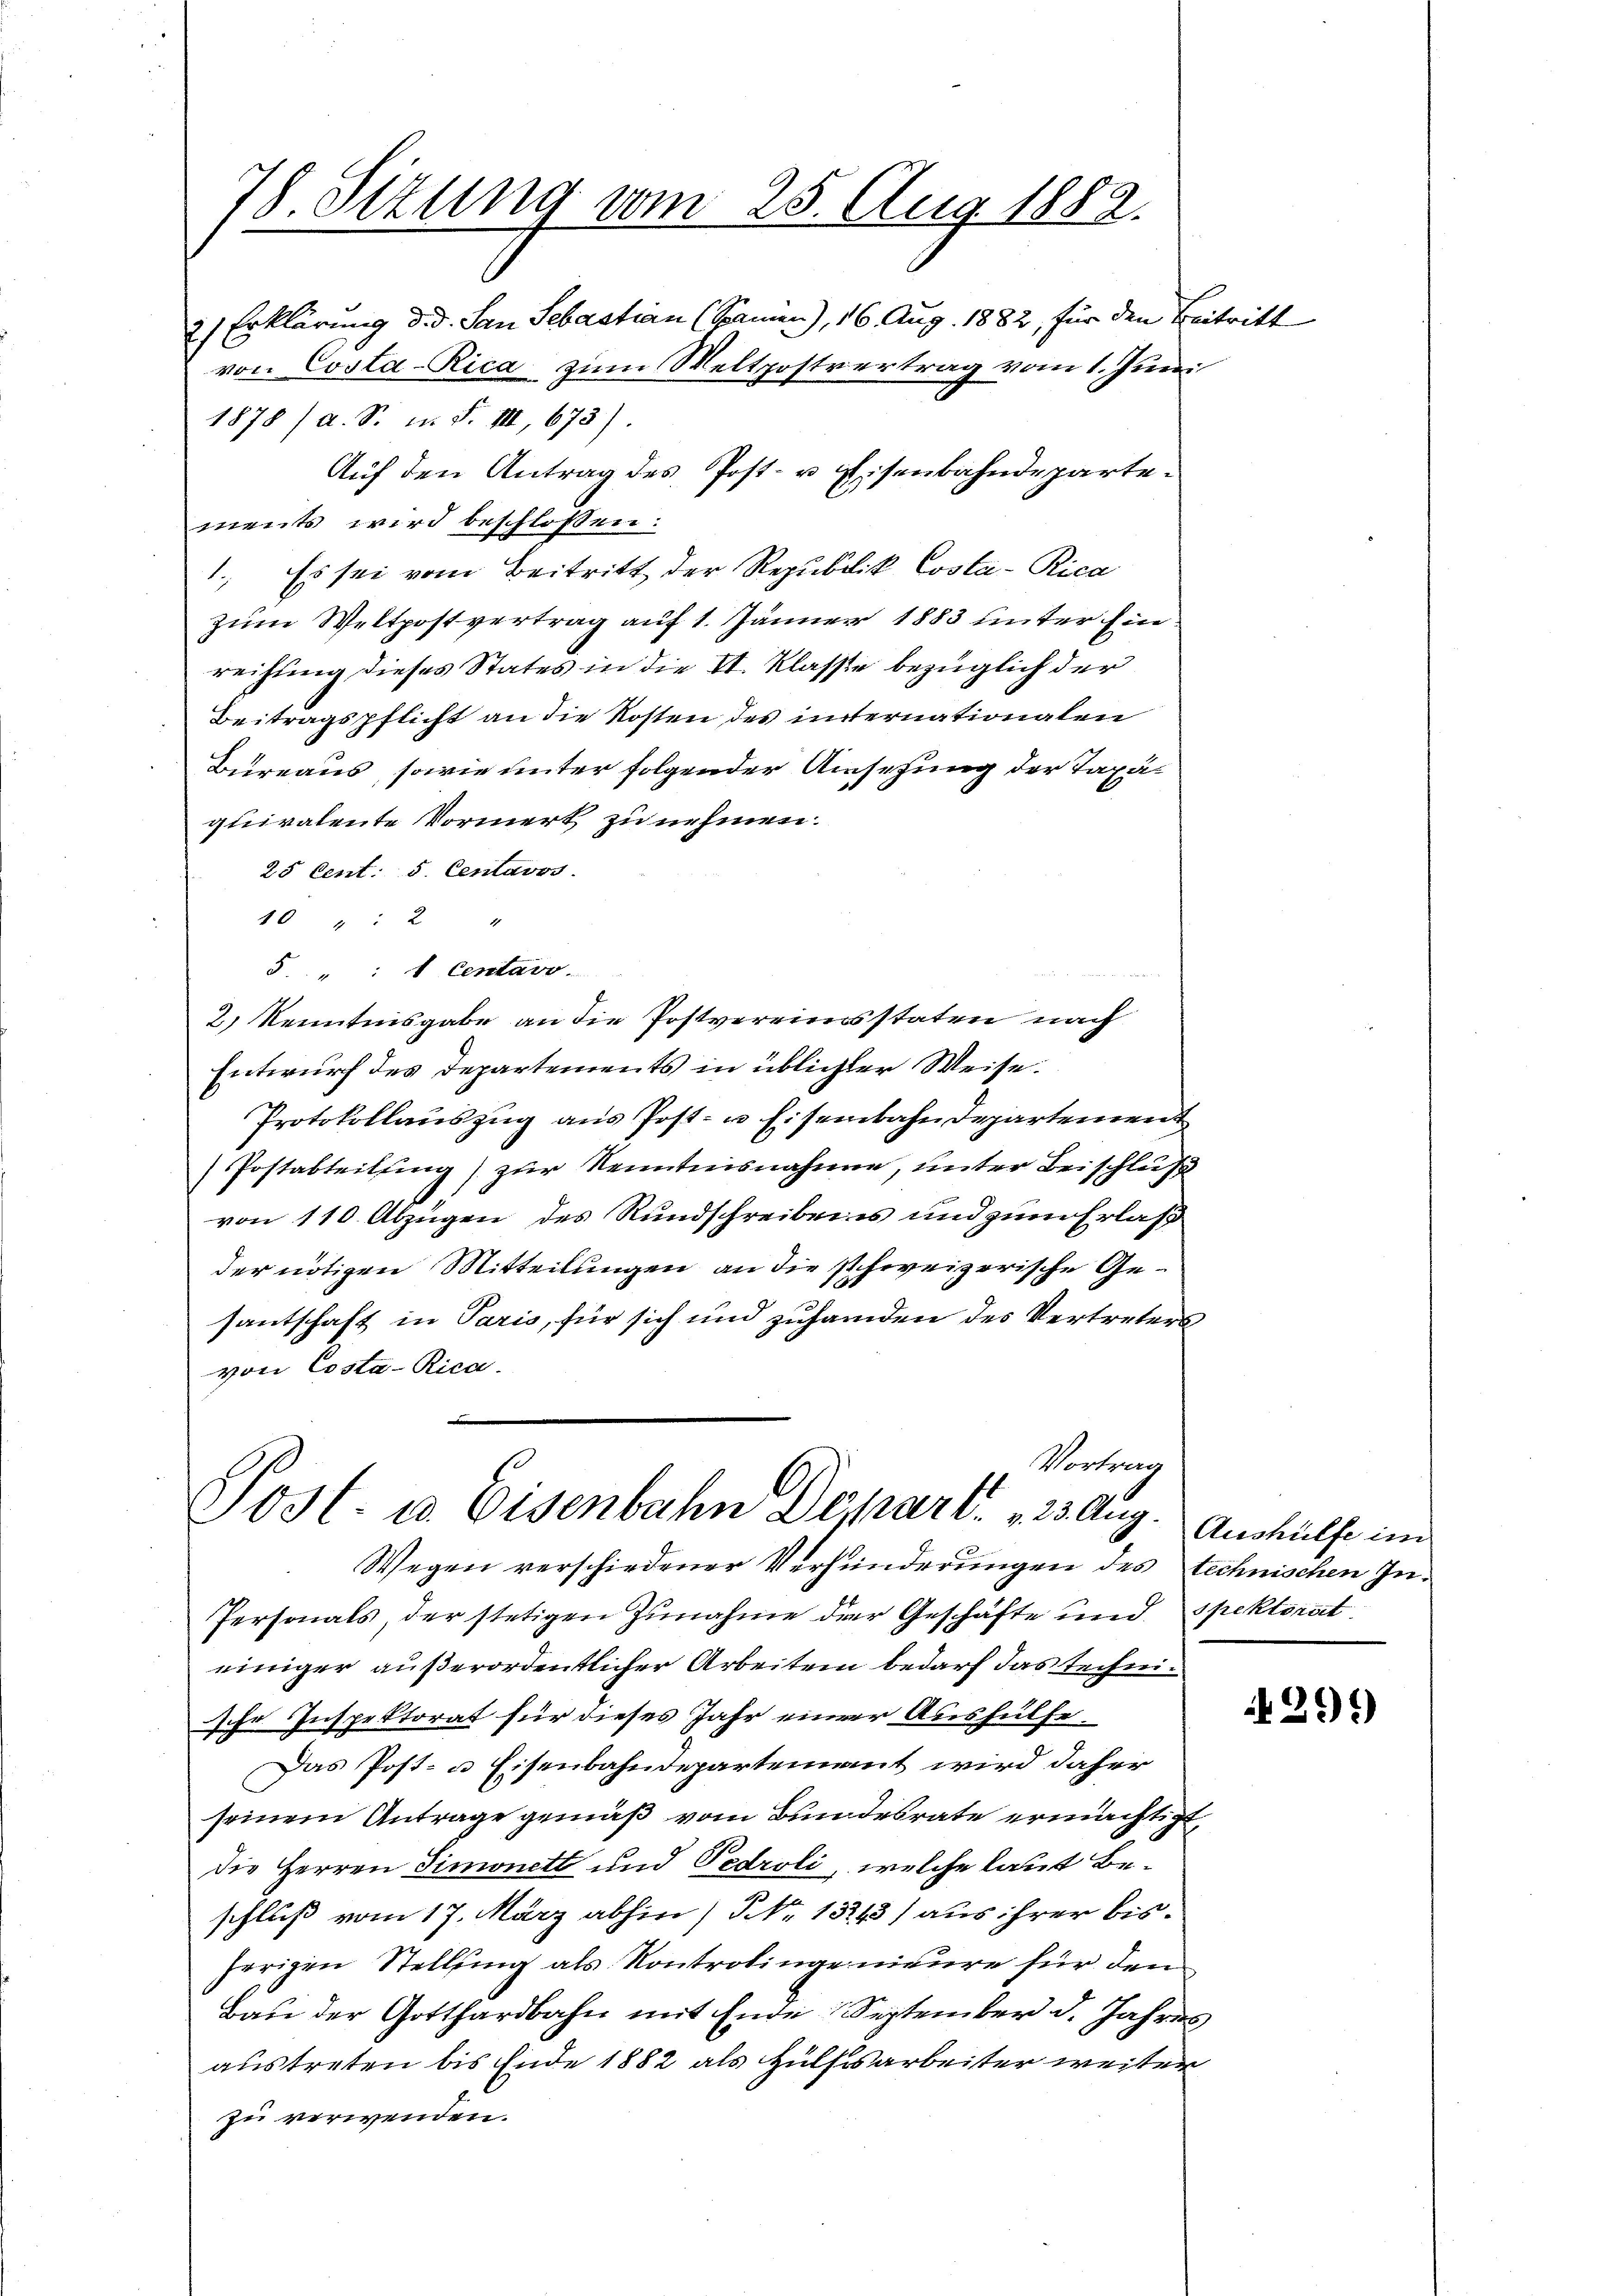
78 Sezung vom 25. Aug. 1882.

1878 / a. S. n. F. III, 673).
Auf den Antrag des Post- u Eisenbahndepartements wird beschlossen:
1., Es sei vom Beitritt der Republik Costa-Rica
zum Weltpostvertrag auf 1. Jänner 1883 unter Einreihung dieses States in die VI. Klasse bezüglich der
Beitragspflicht an die Kosten des unternationalen
Bureaus, sowie unter folgender Ansehung der Taxaquivalente Vormerk zu nehmen.
25 Cent: 5. Centavos.
10 " " 2 "
5 " " 1 Centaro.
2) Kenntnisgabe an die Postvereinsstaten nach
Entwurf des Departements in üblicher Weise.
Protokollaŭszŭg ans Post- u. Eisenbahndepartement
(Postabteilung) zur Kenntnisnahmen, unter Beischluß
von 110 Abzügen des Rundschreibens und zum Erlaß
der nötigen Mitteilungen an die schweizerische Gesantschaft in Paris, für sich und zuhanden des Vertreters
von Costa-Rica.
Vortrag
Post- u. Eisenbahn Depart. 123 Aug.
Wegen verschiedener Verhunderungen des technischen In¬
Personals, der stetigen Zunahme der Geschäfte und spektorat
einiger außerordentlicher Arbeiten bedarf das technische Inspektorat für dieses Jahr einer Aushülfe
Das Post- u Eisenbahndepartement wird daher
seinem Antrage gemäß vom Bundesrate ermächtigt,
die Herren Simonett und Pedroli, welche laut Beschluß vom 17. März abhin) NNo. 13243) aus ihrer bisherigen Stellung als Kontrolingenieure für den
Bau der Gotthardbahn mit Ende September d. Jahres
austreten bis Ende 1882 als Hülfsarbeiter weiter
zu verwenden.

2) Erklärung did. San Sebastian (Sanen), 16. Aug. 1882, für den Beitritt
von Costa-Rica zum Weltpostvertrag vom 1. Juni

Aushülfe im

2

291)